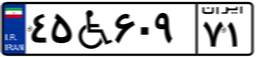
۴۵W۶۰۹۷۱